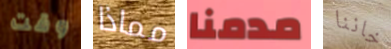
وقت مماذا مدمنا خاننا